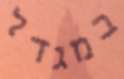
במגדל